Indian journal of veterinary science and animal husbandry - Volume 12,
Year: 1942
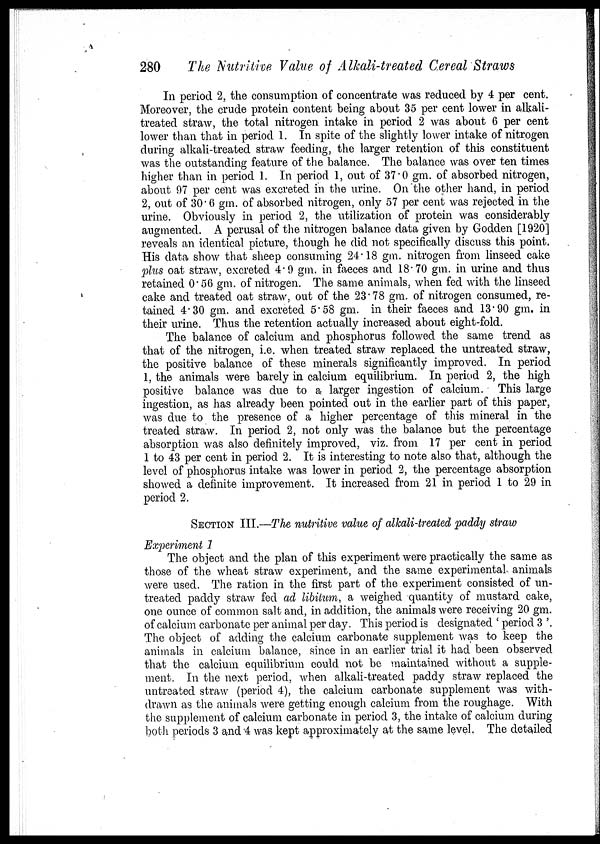
280
The Nutritive Value of Alkali-treated Cereal Straws
In period 2, the consumption of concentrate was reduced by 4 per cent.
Moreover, the crude protein content being about 35 per cent lower in alkali-
treated straw, the total nitrogen intake in period 2 was about 6 per cent
lower than that in period 1. In spite of the slightly lower intake of nitrogen
during alkali-treated straw feeding, the larger retention of this constituent
was the outstanding feature of the balance. The balance was over ten times
higher than in period 1. In period 1, out of 37.0 gm. of absorbed nitrogen,
about 97 per cent was excreted in the urine. On the other hand, in period
2, out of 30.6 gm. of absorbed nitrogen, only 57 per cent was rejected in the
urine. Obviously in period 2, the utilization of protein was considerably
augmented. A perusal of the nitrogen balance data given by Godden [1920]
reveals an identical picture, though he did not specifically discuss this point.
His data show that sheep consuming 24.18 gm. nitrogen from linseed cake
plus oat straw, excreted 4.9 gm. in faeces and 18.70 gm. in urine and thus
retained 0.56 gm. of nitrogen. The same animals, when fed with the linseed
cake and treated oat straw, out of the 23.78 gm. of nitrogen consumed, re-
tained 4.30 gm. and excreted 5.58 gm. in their faeces and 13.90 gm. in
their urine. Thus the retention actually increased about eight-fold.
The balance of calcium and phosphorus followed the same trend as
that of the nitrogen, i.e. when treated straw replaced the untreated straw,
the positive balance of these minerals significantly improved. In period
1, the animals were barely in calcium equilibrium. In period 2, the high
positive balance was due to a larger ingestion of calcium. This large
ingestion, as has already been pointed out in the earlier part of this paper,
was due to the presence of a higher percentage of this mineral in the
treated straw. In period 2, not only was the balance but the percentage
absorption was also definitely improved, viz. from 17 per cent in period
1 to 43 per cent in period 2. It is interesting to note also that, although the
level of phosphorus intake was lower in period 2, the percentage absorption
showed a definite improvement. It increased from 21 in period 1 to 29 in
period 2.
SECTION III.—The nutritive value of alkali-treated paddy straw
Experiment 1
The object and the plan of this experiment were practically the same as
those of the wheat straw experiment, and the same experimental animals
were used. The ration in the first part of the experiment consisted of un-
treated paddy straw fed ad libitum, a weighed quantity of mustard cake,
one ounce of common salt and, in addition, the animals were receiving 20 gm.
of calcium carbonate per animal per day. This period is designated ' period 3 '.
The object of adding the calcium carbonate supplement was to keep the
animals in calcium balance, since in an earlier trial it had been observed
that the calcium equilibrium could not be maintained without a supple-
ment. In the next period, when alkali-treated paddy straw replaced the
untreated straw (period 4), the calcium carbonate supplement was with-
drawn as the animals were getting enough calcium from the roughage. With
the supplement of calcium carbonate in period 3, the intake of calcium during
both periods 3 and 4 was kept approximately at the same level. The detailed